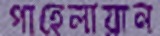
পাহেলায়ান